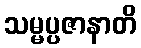
သမ္မပ္ပဇာနာတိ